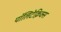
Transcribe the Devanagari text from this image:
पॉलिटेक्निक्स